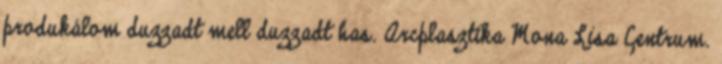
produkálom duzzadt mell duzzadt has. Arcplasztika Mona Lisa Centrum.